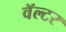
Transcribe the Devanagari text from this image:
वॅल्टर